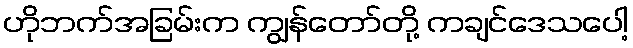
ဟိုဘက်အခြမ်းက ကျွန်တော်တို့ ကချင်ဒေသပေါ့